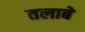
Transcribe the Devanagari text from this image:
तलाबे